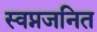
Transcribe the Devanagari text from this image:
स्वप्नजनित